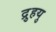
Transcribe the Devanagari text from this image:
द्रुुहयु